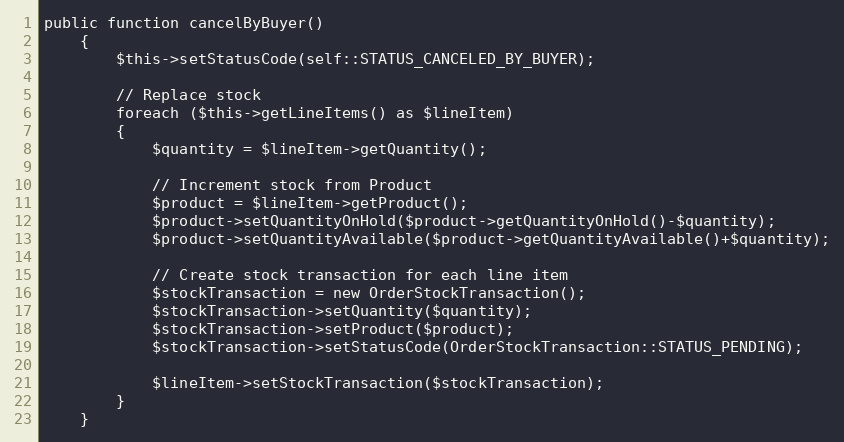
Language: PHP
public function cancelByBuyer()
    {
        $this->setStatusCode(self::STATUS_CANCELED_BY_BUYER);

        // Replace stock
        foreach ($this->getLineItems() as $lineItem)
        {
            $quantity = $lineItem->getQuantity();

            // Increment stock from Product
            $product = $lineItem->getProduct();
            $product->setQuantityOnHold($product->getQuantityOnHold()-$quantity);
            $product->setQuantityAvailable($product->getQuantityAvailable()+$quantity);

            // Create stock transaction for each line item
            $stockTransaction = new OrderStockTransaction();
            $stockTransaction->setQuantity($quantity);
            $stockTransaction->setProduct($product);
            $stockTransaction->setStatusCode(OrderStockTransaction::STATUS_PENDING);

            $lineItem->setStockTransaction($stockTransaction);
        }
    }